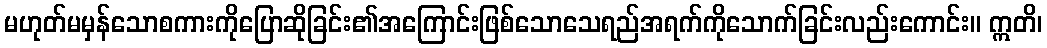
မဟုတ်မမှန်သောစကားကိုပြောဆိုခြင်း၏အကြောင်းဖြစ်သောသေရည်အရက်ကိုသောက်ခြင်းလည်းကောင်း။ ဣတိ၊